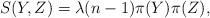
LaTeX: \begin{align*}S(Y, Z)=\lambda (n-1)\pi(Y)\pi(Z),\end{align*}